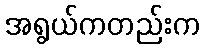
အရွယ်ကတည်းက